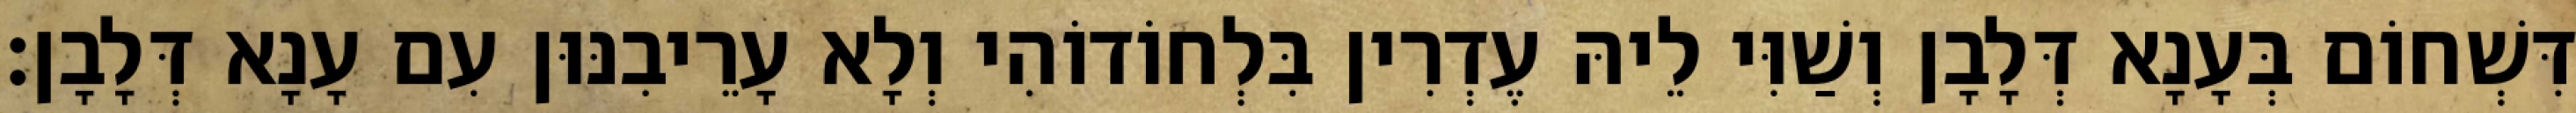
דִּשְׁחוֹם בְּעָנָא דְּלָבָן וְשַׁוִּי לֵיהּ עֶדְרִין בִּלְחוֹדוֹהִי וְלָא עָרֵיבִנּוּן עִם עָנָא דְּלָבָן׃